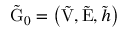
\tilde { \mathrm { G } } _ { 0 } = \left( \tilde { \mathrm { V } } , \tilde { \mathrm { E } } , \tilde { h } \right)